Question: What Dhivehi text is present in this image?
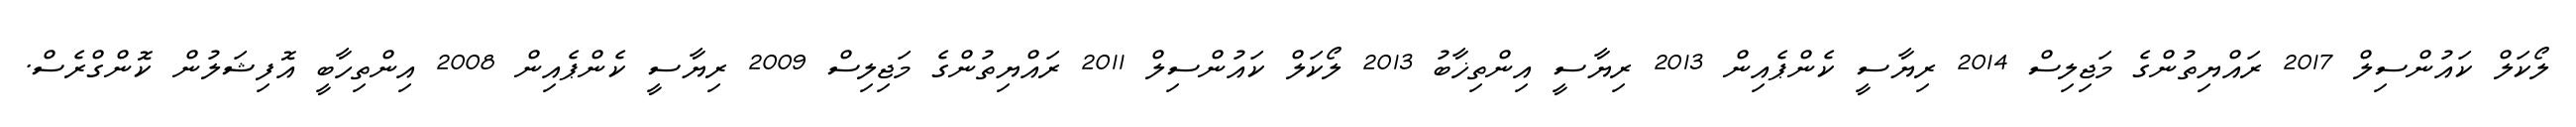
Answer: ލޯކަލް ކައުންސިލް 2017 ރައްޔިތުންގެ މަޖިލިސް 2014 ރިޔާސީ ކެންޕެއިން 2013 ރިޔާސީ އިންތިޚާބު 2013 ލޯކަލް ކައުންސިލް 2011 ރައްޔިތުންގެ މަޖިލިސް 2009 ރިޔާސީ ކެންޕެއިން 2008 އިންތިހާބީ އޮފިޝަލުން ކޮންގްރެސް.